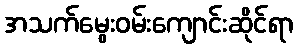
အသက်မွေးဝမ်းကျောင်းဆိုင်ရာ